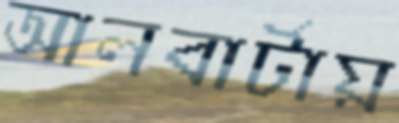
আলবার্টায়